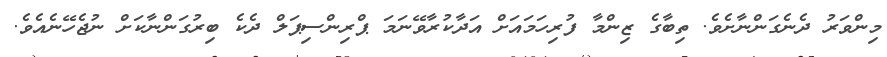
މިންވަރު ދެނެގަންނާށެވެ. ތިބާގެ ޒިންމާ ފުރިހަމައަށް އަދާކުރާވޭނަމަ ޕްރިންސިޕަލް ދެކެ ބިރުގަންނާކަށް ނުޖެހޭނެއެވެ.